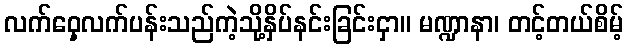
လက်ဝှေ့လက်ပန်းသည်ကဲ့သို့နှိပ်နင်းခြင်းငှာ။ မဏ္ဍာနာ၊ တင့်တယ်စိမ့်